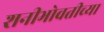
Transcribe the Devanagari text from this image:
शनीभोवतीच्या